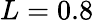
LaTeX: L=0.8